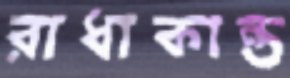
রাধাকান্ত